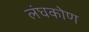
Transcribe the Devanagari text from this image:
लंघकोण